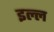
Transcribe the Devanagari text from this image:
इल्ल